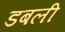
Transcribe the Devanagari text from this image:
डबली